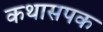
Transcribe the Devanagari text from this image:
कथासपक